Sanitation, dispensaries and jails vaccination Rajputana 1922-1927 - 1922-1927
Year: 1922
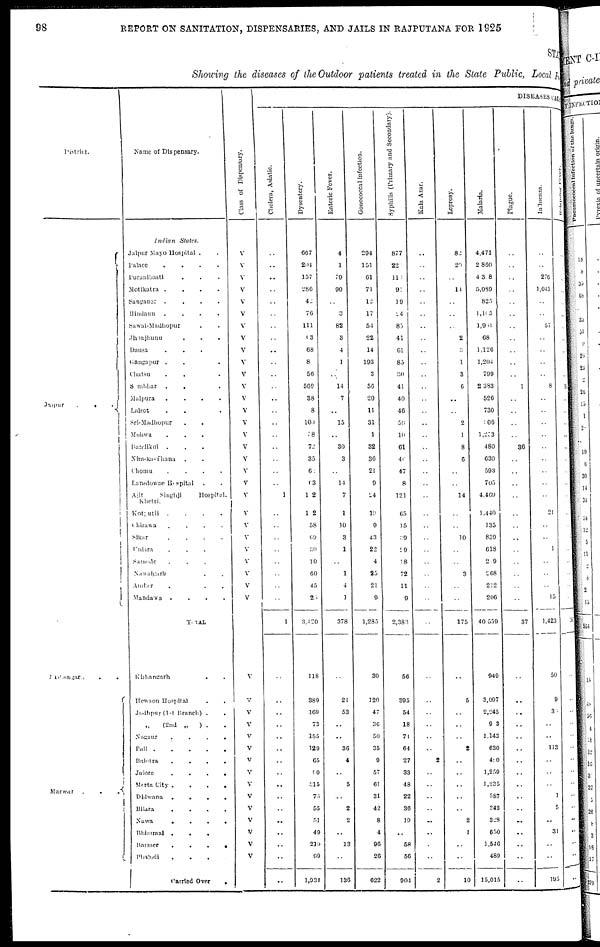
98
REPORT ON SANITATION, DISPENSARIES, AND JAILS IN RAJPUTANA FOR 1925
STATE
Showing the diseases of the Outdoor patients treated in the State Public, Local Fund
District.
Jaipur . .
.
Kishangarh . .
Marwar . . .
Name of Dispensary.
Indian
States.
Jaipur Mayo Hospital . .
Palace
.
.
.
.
Puranibasti . . .
Motikatra .
.
.
.
Sanganer .
.
.
.
Hindaun
.
.
.
.
Sawai-Madhopur . .
Jhunjhunu
.
.
.
Dausa . . .
Gangapur . . .
Chatsu . . .
Sambhar
.
. .
Malpura
.
.
.
.
Lalsot . . .
Sri-Madhopur . . .
Mohwa . . .
Bandikui . . .
Nim-ka-Thana . . .
Chomu
.
.
.
.
Lansdowne Hospital . .
Ajit
Singhji
Hospital,
Khetri.
Kotputli
.
.
.
.
Chirawa
.
.
.
.
Sikar
.
.
.
.
Uniara . . .
Samode . . . .
Nawalgarh . . . .
Amber . . .
Mandawa
.
.
.
.
TOTAL
Kishangarh . .
Hewson Hospital . .
Jodhpur (1st Branch) . .
„ (2nd „
) . .
Nagaur
.
.
.
.
Pali
Balotra
.
.
.
.
Julore
.
.
.
.
Merta City .
.
.
.
Didwana
.
.
.
.
Bilara
.
.
.
.
Nawa
.
.
.
.
Bhimmal .
.
. .
Barmer
.
.
.
.
Phalodi . . . .
Carried Over
.
Class of Dispensary.
V
V
V
V
V
V
V
V
V
V
V
V
V
V
V
V
V
V
V
V
V
V
V
V
V
V
V
V
V
V
V
V
V
V
V
V
V
V
V
V
V
V
V
V
DISEASES CAUSES
Cholera, Asiatic.
..
..
..
..
..
..
..
..
..
..
..
..
..
..
..
..
..
..
..
..
1
..
..
..
..
..
..
..
..
1
..
..
..
..
..
..
..
..
..
..
..
..
..
..
..
..
Dysentery.
667
204
157
286
42
76
111
63
68
8
56
569
38
8
100
38
72
35
62
63
102
102
58
69
30
10
60
45
25
3,420
118
389
169
73
155
129
65
90
315
76
55
51
49
219
99
1,934
Enteric Fever.
4
1
79
90
..
3
82
3
4
1
..
14
7
..
15
..
30
3
..
14
7
1
10
3
1
..
1
4
1
378
..
21
53
..
..
36
4
..
5
..
2
2
..
13
..
136
Gonococcal infection.
294
151
61
71
12
17
54
22
14
193
3
56
20
11
31
1
32
36
21
9
24
13
9
43
22
4
25
21
9
1,285
30
120
47
36
50
35
9
57
61
31
42
8
4
96
26
622
Syphilis (Primary and Secondary).
877
22
113
91
19
24
85
41
61
85
30
41
40
46
59
10
61
46
47
8
121
65
15
39
29
18
72
11
9
2,383
56
395
54
18
74
64
27
33
48
22
36
19
..
58
56
904
Kala Azar.
..
..
..
..
..
..
..
..
..
..
..
..
..
..
..
..
..
..
..
..
..
..
..
..
..
..
..
..
..
..
..
..
..
..
..
..
2
..
..
..
..
..
..
..
..
2
Leprosy.
82
20
..
14
..
..
..
2
3
1
3
6
..
..
2
1
8
6
..
..
14
..
..
10
..
..
3
..
..
175
..
5
..
..
..
2
..
..
..
..
..
2
1
..
..
10
Malaria.
4,471
2,860
4,318
5,089
825
1,105
1,951
68
1,126
1,204
799
2,383
526
730
106
1,233
480
630
593
705
4,469
1,440
135
839
618
289
268
212
206
40,559
949
3,097
2,245
903
1,143
630
480
1,259
1,235
587
343
328
650
1,546
489
15,015
Plague.
..
..
..
..
..
..
..
..
..
..
..
1
..
..
..
..
36
..
..
..
..
..
..
..
..
..
..
..
..
37
..
..
..
..
..
..
..
..
..
..
..
..
..
..
..
..
Influenza.
..
..
276
1,045
..
..
57
..
..
..
..
8
..
..
..
..
..
..
..
..
..
21
..
..
1
..
..
..
15
1,423
50
9
35
..
..
113
..
..
..
1
5
..
31
..
..
195
Relapsing
..
..
..
..
..
..
..
..
..
..
..
102
..
..
..
..
..
..
..
..
..
..
..
1
..
..
..
..
..
103
..
..
..
..
..
..
..
..
..
..
..
..
..
..
..
..